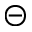
\circleddash